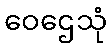
ဝေဌေသုံ